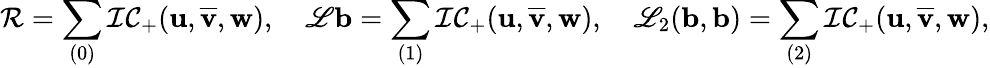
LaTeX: \mathcal R=\sum_{(0)}\mathcal I\mathcal C_{+}(\textit{\textbf{u}},\overline{{\textit{\textbf{v}}}},\textit{\textbf{w}}),\quad\mathscr L\textit{\textbf{b}}=\sum_{(1)}\mathcal I\mathcal C_{+}(\textit{\textbf{u}},\overline{{\textit{\textbf{v}}}},\textit{\textbf{w}}),\quad\mathscr L_{2}(\textit{\textbf{b}},\textit{\textbf{b}})=\sum_{(2)}\mathcal I\mathcal C_{+}(\textit{\textbf{u}},\overline{{\textit{\textbf{v}}}},\textit{\textbf{w}}),